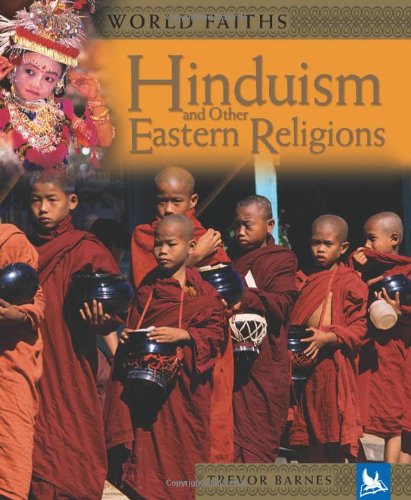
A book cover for World Faiths: Hinduism and other Eastern Religions; Trevor Barnes; Children's Books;